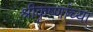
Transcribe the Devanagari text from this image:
श्रीकृष्णांच्या